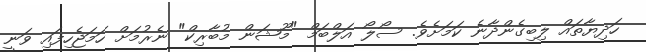
ހަދިޔާތައް ލިބިގެންދާނެ ކަމަށެވެ. ސޯލޯ އަލްބަމް "މޫޝަން މުބާރިކް" ނެރުމަށް ހަމަޖެހިފައި ވަނީ